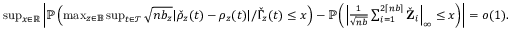
\begin{array} { r } { \operatorname* { s u p } _ { x \in \mathbb { R } } \left| \mathbb { P } \left( \operatorname* { m a x } _ { z \in \mathbb { B } } \operatorname* { s u p } _ { t \in \mathcal { T } } \sqrt { n b _ { z } } | \check { \rho } _ { z } ( t ) - \rho _ { z } ( t ) | / \check { \Gamma } _ { z } ( t ) \leq x \right) - \mathbb { P } \left( \left| \frac { 1 } { \sqrt { n b } } \sum _ { i = 1 } ^ { 2 \lceil n b \rceil } \check { \mathbf Z } _ { i } \right| _ { \infty } \leq x \right) \right| = o ( 1 ) . } \end{array}